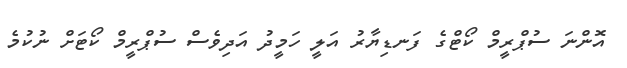
އޮންނަ ސުޕްރީމް ކޯޓްގެ ފަނޑިޔާރު އަލީ ހަމީދު އަދިވެސް ސުޕްރީމް ކޯޓަށް ނުކުމެ